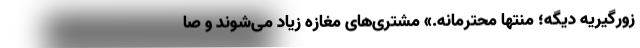
زورگیریه دیگه؛ منتها محترمانه.» مشتری‌های مغازه زیاد می‌شوند و صا